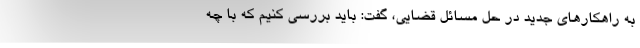
به راهکارهای جدید در حل مسائل قضایی، گفت: باید بررسی کنیم که با چه